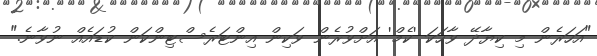
"އަހަރެން މި ކިޔާދޭ ވާހަކަ 'ކެމް' އަށްވުރެން ވަކިން އިންޓަރެސްޓިންކަން ކުޑައެއް ނުވާނެ."